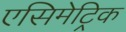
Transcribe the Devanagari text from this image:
एसिमेट्रिक